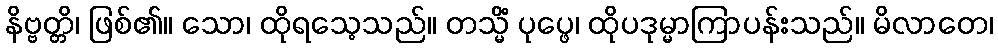
နိဗ္ဗတ္တိ၊ ဖြစ်၏။ သော၊ ထိုရသေ့သည်။ တသ္မိံ ပုပ္ဖေ၊ ထိုပဒုမ္မာကြာပန်းသည်။ မိလာတေ၊